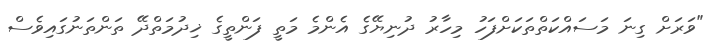
"ވަރަށް ގިނަ މަސައްކަތްތަކަށްފަހު މިހާރު ދުނިޔޭގެ އެންމެ މަތީ ފަންތީގެ ޚިދުމަތްދޭ ތަންތަނުގައިވެސް